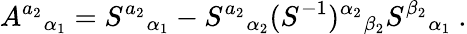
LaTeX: A^{a_{2}}{}_{\alpha_{1}}=S^{a_{2}}{}_{\alpha_{1}}-S^{a_{2}}{}_{\alpha_{2}}(S^{-1})^{\alpha_{2}}{}_{\beta_{2}}S^{\beta_{2}}{}_{\alpha_{1}}\ .